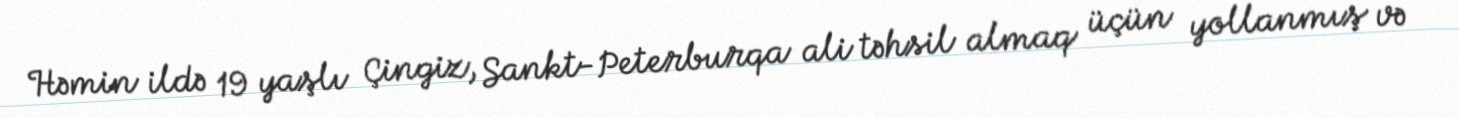
Həmin ildə 19 yaşlı Çingiz, Sankt-Peterburqa ali təhsil almaq üçün yollanmış və